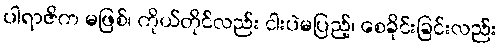
ပါရာဇိက မဖြစ်၊ ကိုယ်တိုင်လည်း ငါးပဲမပြည့်၊ စေခိုင်းခြင်းလည်း